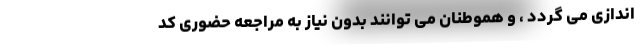
اندازی می گردد ، و هموطنان می توانند بدون نیاز به مراجعه حضوری کد